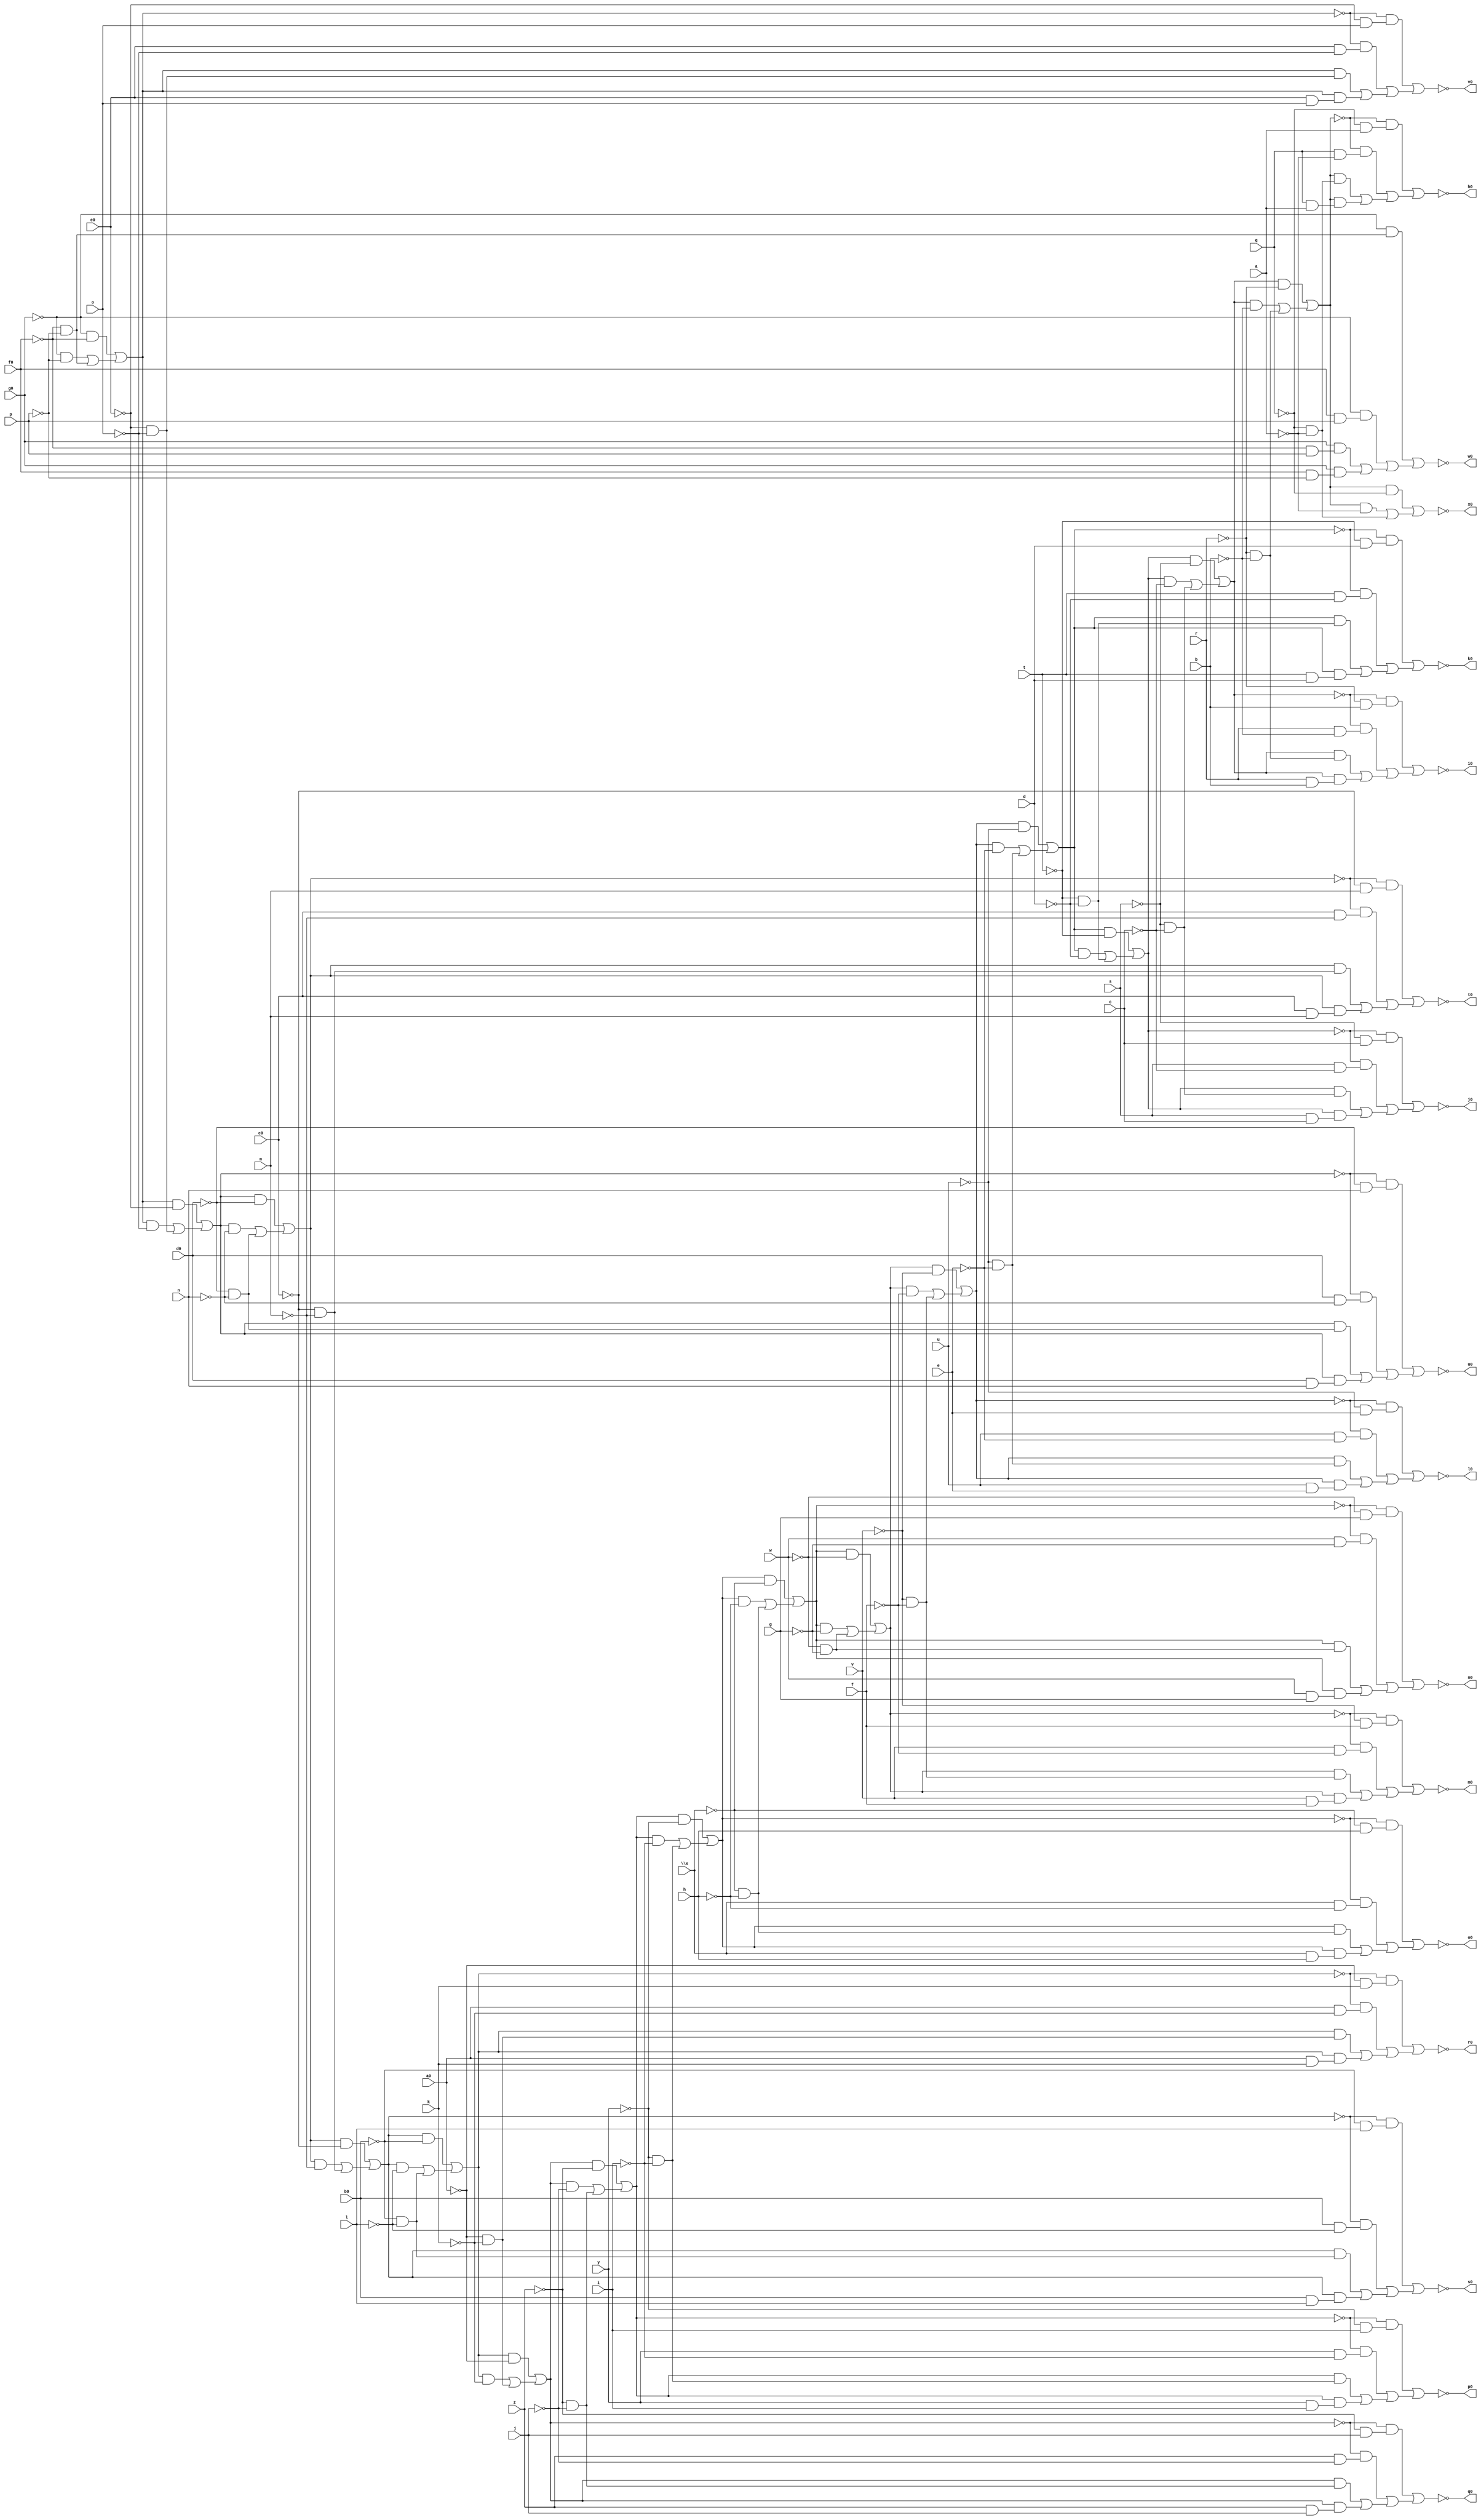
// IWLS benchmark module "ADDERFDS" printed on Wed May 29 17:27:52 2002
module ADDERFDS(a, b, c, d, e, f, g, h, i, j, k, l, m, n, o, p, q, r, s, t, u, v, w, \x , y, z, a0, b0, c0, d0, e0, f0, g0, h0, i0, j0, k0, l0, m0, n0, o0, p0, q0, r0, s0, t0, u0, v0, w0, x0);
input
  g0,
  a,
  b,
  c,
  d,
  e,
  f,
  g,
  h,
  i,
  j,
  k,
  l,
  m,
  n,
  o,
  p,
  q,
  r,
  s,
  t,
  u,
  v,
  w,
  \x ,
  y,
  z,
  a0,
  b0,
  c0,
  d0,
  e0,
  f0;
output
  h0,
  i0,
  j0,
  k0,
  l0,
  m0,
  n0,
  o0,
  p0,
  q0,
  r0,
  s0,
  t0,
  u0,
  v0,
  w0,
  x0;
wire
  g2,
  h2,
  i2,
  j2,
  k2,
  \[10] ,
  l2,
  \[11] ,
  m2,
  \[12] ,
  n2,
  \[13] ,
  o2,
  \[14] ,
  p1,
  p2,
  \[0] ,
  \[15] ,
  q1,
  q2,
  \[1] ,
  \[16] ,
  r1,
  r2,
  \[2] ,
  s1,
  s2,
  \[3] ,
  t1,
  t2,
  \[4] ,
  u1,
  u2,
  \[5] ,
  v1,
  \[6] ,
  w1,
  \[7] ,
  x1,
  \[8] ,
  y1,
  \[9] ,
  z1,
  a2,
  b2,
  c2,
  d2,
  e2,
  f2;
assign
  g2 = (~g0 & ~f0) | ((~g0 & ~p) | (~f0 & ~p)),
  h0 = \[0] ,
  h2 = (g2 & ~e0) | ((g2 & ~o) | (~e0 & ~o)),
  i0 = \[1] ,
  i2 = (h2 & ~d0) | ((h2 & ~n) | (~d0 & ~n)),
  j0 = \[2] ,
  j2 = (i2 & ~c0) | ((i2 & ~m) | (~c0 & ~m)),
  k0 = \[3] ,
  k2 = (j2 & ~b0) | ((j2 & ~l) | (~b0 & ~l)),
  \[10]  = ~z1,
  l0 = \[4] ,
  l2 = (k2 & ~a0) | ((k2 & ~k) | (~a0 & ~k)),
  \[11]  = ~a2,
  m0 = \[5] ,
  m2 = (l2 & ~z) | ((l2 & ~j) | (~z & ~j)),
  \[12]  = ~b2,
  n0 = \[6] ,
  n2 = (m2 & ~y) | ((m2 & ~i) | (~y & ~i)),
  \[13]  = ~c2,
  o0 = \[7] ,
  o2 = (n2 & ~\x ) | ((n2 & ~h) | (~\x  & ~h)),
  \[14]  = ~d2,
  p0 = \[8] ,
  p1 = (~u2 & (~q & a)) | ((~u2 & (q & ~a)) | ((u2 & (~q & ~a)) | (u2 & (q & a)))),
  p2 = (o2 & ~w) | ((o2 & ~g) | (~w & ~g)),
  \[0]  = ~p1,
  \[15]  = ~e2,
  q0 = \[9] ,
  q1 = (~t2 & (~r & b)) | ((~t2 & (r & ~b)) | ((t2 & (~r & ~b)) | (t2 & (r & b)))),
  q2 = (p2 & ~v) | ((p2 & ~f) | (~v & ~f)),
  \[1]  = ~q1,
  \[16]  = ~f2,
  r0 = \[10] ,
  r1 = (~s2 & (~s & c)) | ((~s2 & (s & ~c)) | ((s2 & (~s & ~c)) | (s2 & (s & c)))),
  r2 = (q2 & ~u) | ((q2 & ~e) | (~u & ~e)),
  \[2]  = ~r1,
  s0 = \[11] ,
  s1 = (~r2 & (~t & d)) | ((~r2 & (t & ~d)) | ((r2 & (~t & ~d)) | (r2 & (t & d)))),
  s2 = (r2 & ~t) | ((r2 & ~d) | (~t & ~d)),
  \[3]  = ~s1,
  t0 = \[12] ,
  t1 = (~q2 & (~u & e)) | ((~q2 & (u & ~e)) | ((q2 & (~u & ~e)) | (q2 & (u & e)))),
  t2 = (s2 & ~s) | ((s2 & ~c) | (~s & ~c)),
  \[4]  = ~t1,
  u0 = \[13] ,
  u1 = (~p2 & (~v & f)) | ((~p2 & (v & ~f)) | ((p2 & (~v & ~f)) | (p2 & (v & f)))),
  u2 = (t2 & ~r) | ((t2 & ~b) | (~r & ~b)),
  \[5]  = ~u1,
  v0 = \[14] ,
  v1 = (~o2 & (~w & g)) | ((~o2 & (w & ~g)) | ((o2 & (~w & ~g)) | (o2 & (w & g)))),
  \[6]  = ~v1,
  w0 = \[15] ,
  w1 = (~n2 & (~\x  & h)) | ((~n2 & (\x  & ~h)) | ((n2 & (~\x  & ~h)) | (n2 & (\x  & h)))),
  \[7]  = ~w1,
  x0 = \[16] ,
  x1 = (~m2 & (~y & i)) | ((~m2 & (y & ~i)) | ((m2 & (~y & ~i)) | (m2 & (y & i)))),
  \[8]  = ~x1,
  y1 = (~l2 & (~z & j)) | ((~l2 & (z & ~j)) | ((l2 & (~z & ~j)) | (l2 & (z & j)))),
  \[9]  = ~y1,
  z1 = (~k2 & (~a0 & k)) | ((~k2 & (a0 & ~k)) | ((k2 & (~a0 & ~k)) | (k2 & (a0 & k)))),
  a2 = (~j2 & (~b0 & l)) | ((~j2 & (b0 & ~l)) | ((j2 & (~b0 & ~l)) | (j2 & (b0 & l)))),
  b2 = (~i2 & (~c0 & m)) | ((~i2 & (c0 & ~m)) | ((i2 & (~c0 & ~m)) | (i2 & (c0 & m)))),
  c2 = (~h2 & (~d0 & n)) | ((~h2 & (d0 & ~n)) | ((h2 & (~d0 & ~n)) | (h2 & (d0 & n)))),
  d2 = (~g2 & (~e0 & o)) | ((~g2 & (e0 & ~o)) | ((g2 & (~e0 & ~o)) | (g2 & (e0 & o)))),
  e2 = (~g0 & (~f0 & ~p)) | ((~g0 & (f0 & p)) | ((g0 & (~f0 & p)) | (g0 & (f0 & ~p)))),
  f2 = (u2 & ~q) | ((u2 & ~a) | (~q & ~a));
endmodule